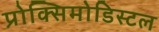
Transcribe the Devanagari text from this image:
प्रोक्सिमोडिस्टल